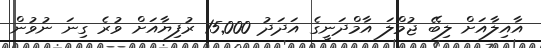
އާއިލާއަށް ލިބޭ ޖުމްލަ އާމްދަނީގެ އަދަދު 15